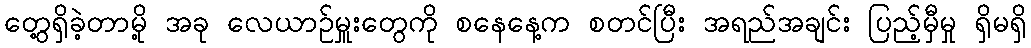
တွေ့ရှိခဲ့တာမို့ အခု လေယာဉ်မှူးတွေကို စနေနေ့က စတင်ပြီး အရည်အချင်း ပြည့်မှီမှု ရှိမရှိ